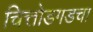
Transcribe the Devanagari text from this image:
चित्तोडगडचा